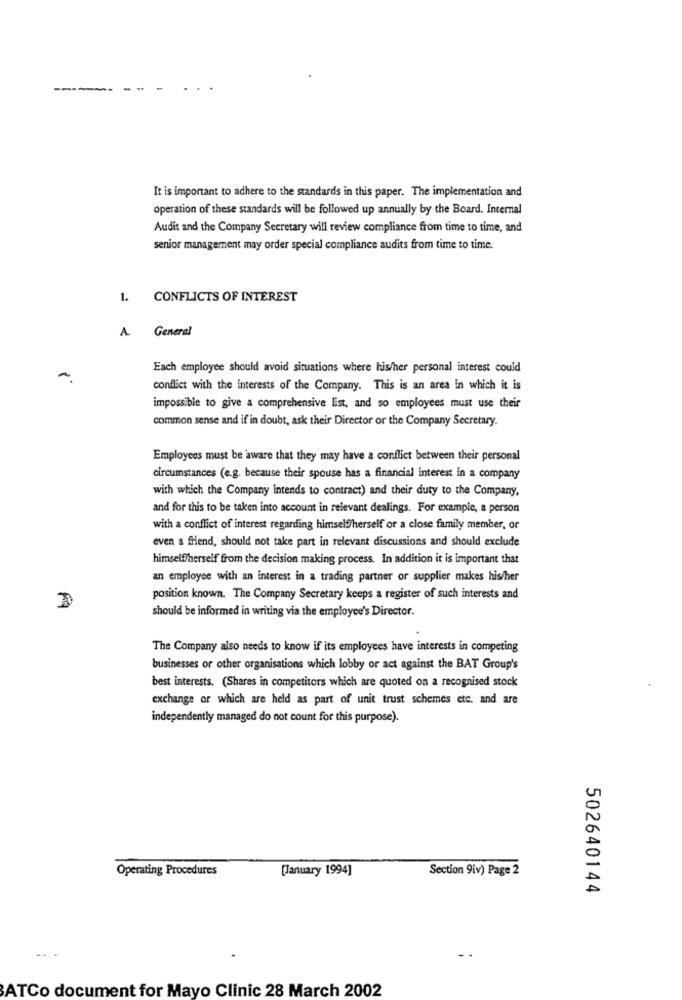
It is important to adhere to the standards in this paper. The implementation and
operation of these standards will be followed up annually by the Board. Internal
Audit and the Company Secretary will review compliance from time to time, and
senior management may order special compliance audits from time to time.
1. CONFLICTS OF INTEREST
A.
General
Each employee should avoid situations where his/her personal interest could
conflict with the interests of the Company. This is an area in which it is
impossible to give a comprehensive list, and so employees must use their
common sense and if in doubt, ask their Director or the Company Secretary.
Employees must be aware that they may have a conflict between their personal
circumstances (e.g. because their spouse has a financial interest in a company
with which the Company intends to contract) and their duty to the Company,
and for this to be taken into account in relevant dealings. For example, a person
with a conflict of interest regarding himself/herself or a close family member, or
even a friend, should not take part in relevant discussions and should exclude
himself/herself from the decision making process. In addition it is important that
an employee with an interest in a trading partner or supplier makes his/her
position known. The Company Secretary keeps a register of such interests and
should be informed in writing via the employee's Director.
The Company also needs to know if its employees have interests in competing
businesses or other organisations which lobby or act against the BAT Group's
best interests. (Shares in competitors which are quoted on a recognised stock
exchange or which are held as part of unit trust schemes etc. and are
independently managed do not count for this purpose).
Operating Procedures
[January 1994]
Section 9iv) Page 2
502640144
ATCo document for Mayo Clinic 28 March 2002